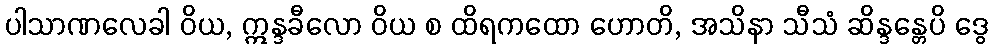
ပါသာဏလေခါ ဝိယ, ဣန္ဒခီလော ဝိယ စ ထိရကထော ဟောတိ, အသိနာ သီသံ ဆိန္ဒန္တေပိ ဒွေ